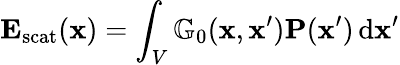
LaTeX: \mathbf{E}_{\mathrm{scat}}(\mathbf{x})=\int_{V}\mathbb{G}_{0}(\mathbf{x},\mathbf{x}^{\prime})\mathbf{P}(\mathbf{x}^{\prime})\, \mathrm{d}\mathbf{x}^{\prime}